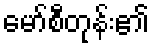
မော်စီတုန်း၏